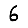
Digit: 6